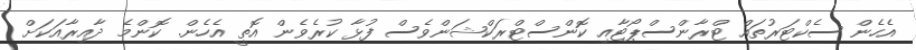
އެހެން ސެކްޓަރުތައް ޓްރާންސްޕޯޓާއި ކޮންސްޓްރަކްޝަންވެސް ފުޅާ ކުރެވެން އޮތީ އެހެން. ކޮންމެ ދާއިރާއަކަށް